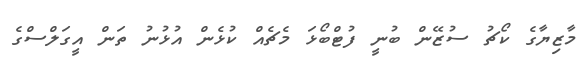
މާޒިޔާގެ ކޯޗު ސުޒޭން ބުނީ ފުޓްބޯޅަ މެޗެއް ކުޅެން އުޅުނު ތަން އީގަލްސްގެ